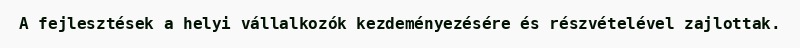
A fejlesztések a helyi vállalkozók kezdeményezésére és részvételével zajlottak.